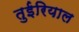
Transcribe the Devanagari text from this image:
तुईरियाल